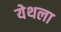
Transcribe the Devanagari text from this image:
येथला